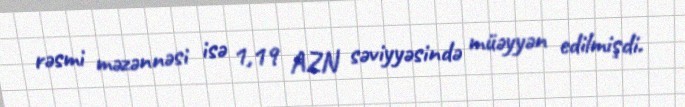
rəsmi məzənnəsi isə 1,19 AZN səviyyəsində müəyyən edilmişdi.